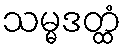
သမ္မဒတ္ထံ